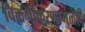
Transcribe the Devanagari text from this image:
विलगीकरणामुळेही